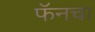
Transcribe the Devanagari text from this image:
फॅनचा